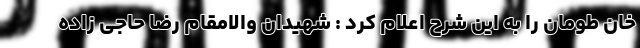
خان طومان را به این شرح اعلام کرد : شهیدان والامقام رضا حاجی زاده